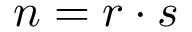
\; n = r \cdot s